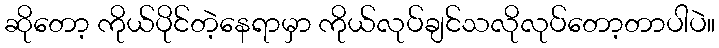
ဆိုတော့ ကိုယ်ပိုင်တဲ့နေရာမှာ ကိုယ်လုပ်ချင်သလိုလုပ်တော့တာပါပဲ။